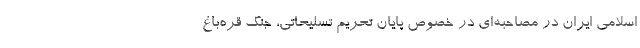
اسلامی ایران در مصاحبه‌ای در خصوص پایان تحریم تسلیحاتی، جنگ قره‌باغ